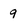
Character: q